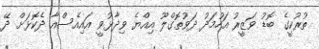
ތުރުކީގެ ބޮޑު ވަޒީރު އަހުމަދު ދަވުތޮގްލޫ އިއްޔެ ވިދާޅުވީ އައިއެސްއާ ދެކޮޅަށް ދޭ